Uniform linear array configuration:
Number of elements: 24
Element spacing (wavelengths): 0.75
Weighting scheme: hann
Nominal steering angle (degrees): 15
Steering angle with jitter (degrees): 16.129
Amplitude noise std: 0.05
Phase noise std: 0.05

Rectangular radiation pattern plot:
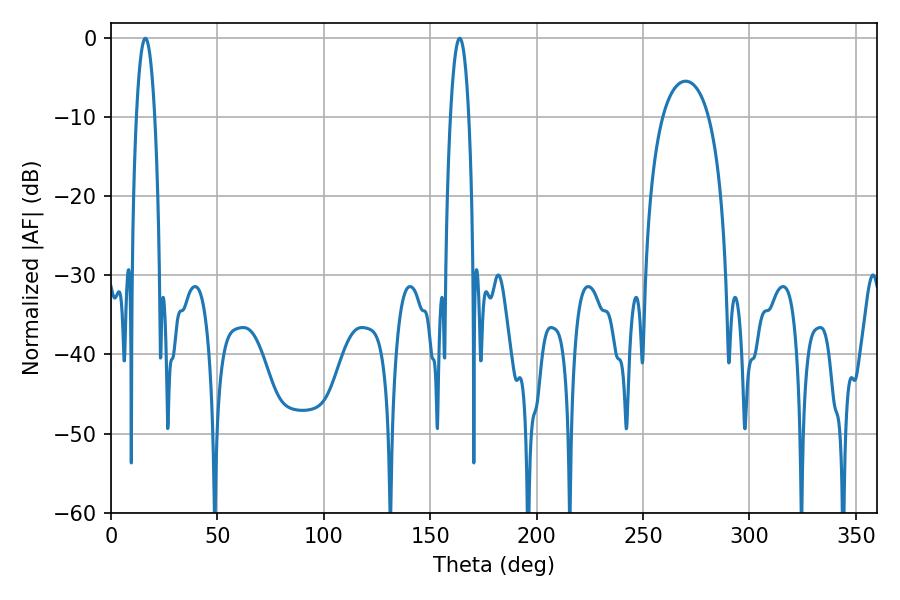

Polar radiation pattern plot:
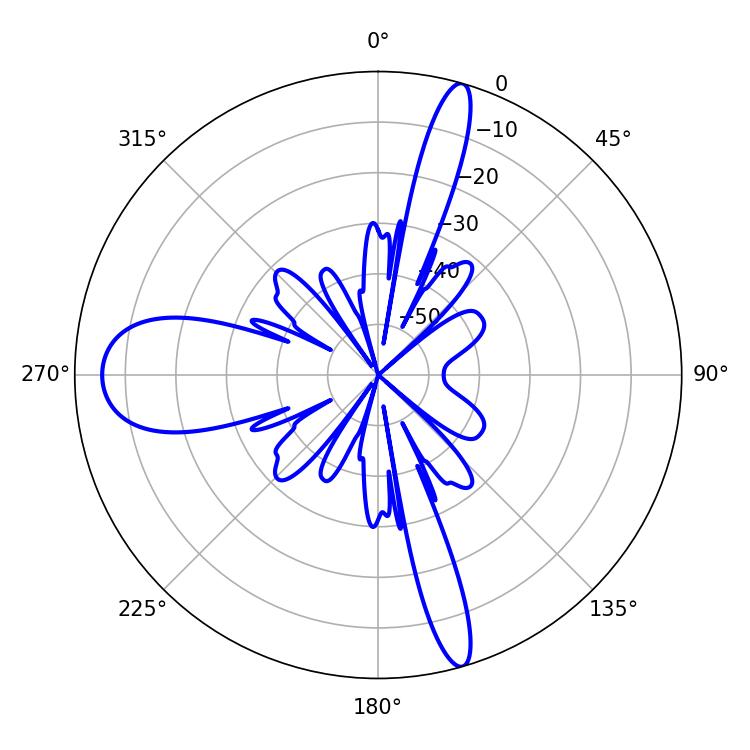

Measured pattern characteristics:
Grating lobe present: TRUE
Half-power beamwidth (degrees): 4.68
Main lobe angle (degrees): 16.2